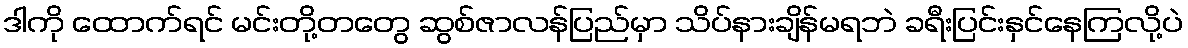
ဒါကို ထောက်ရင် မင်းတို့တတွေ ဆွစ်ဇာလန်ပြည်မှာ သိပ်နားချိန်မရဘဲ ခရီးပြင်းနှင်နေကြလို့ပဲ